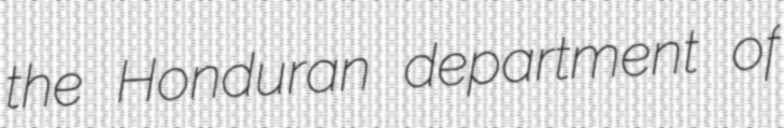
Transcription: the Honduran department of